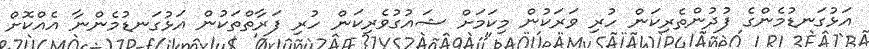
އަޅުގަނޑުމެންގެ ފުދުންތެރިކަން ހުރި ވަރަކުން މިކަމަށް ޝައުގުވެރިކަން ހުރި ފަރާތްތަކުން އަޅުގަނޑުމެންނާ އެއްކޮށް